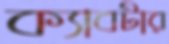
ক্যাবটার